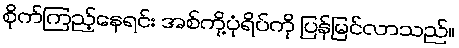
စိုက်ကြည့်နေရင်း အစ်ကို့ပုံရိပ်ကို ပြန်မြင်လာသည်။